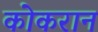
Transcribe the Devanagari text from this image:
कोकरान